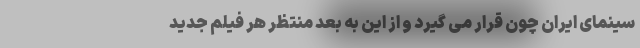
سینمای ایران چون قرار می گیرد و از این به بعد منتظر هر فیلم جدید